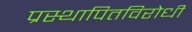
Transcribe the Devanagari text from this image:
प्रस्थापितविरोधी